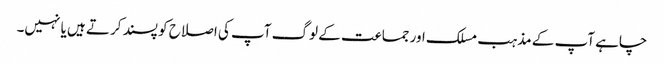
چاہے آپ کے مذہب مسلک اور جماعت کے لوگ آپ کی اصلاح کو پسند کرتے ہیں یا نہیں۔